Report of the Indian Hemp Drugs Commission, 1894-1895 - Volume III
Year: 1894
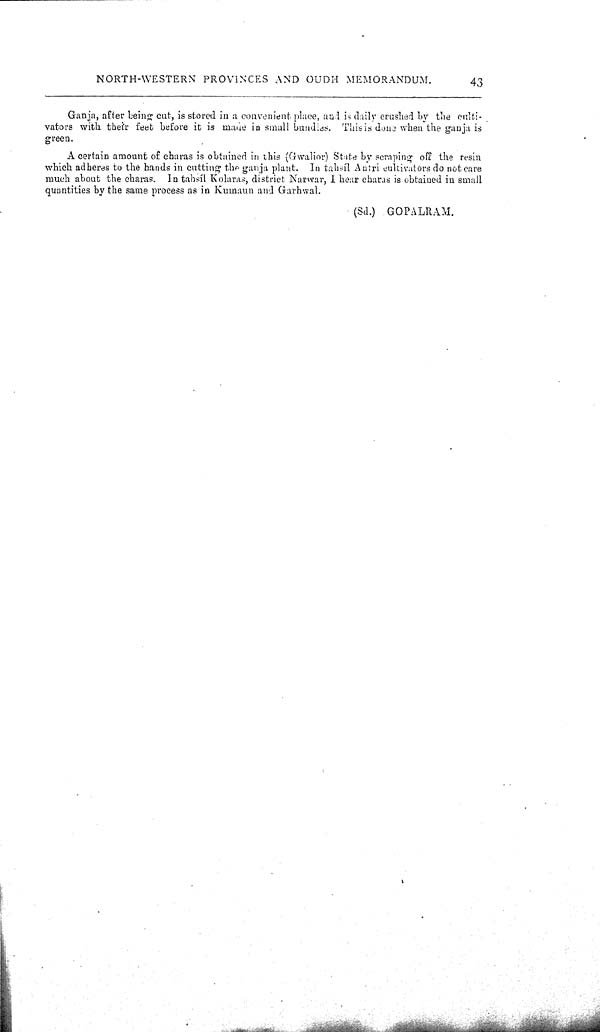
NORTH-WESTERN PROVINCES AND OUDH MEMORANDUM.
43
Ganja, after being cut, is stored in a convenient place, and is daily crushed by the culti-
vators with their feet before it is made in small bundles. This is done when the ganja is
green.
A certain amount of charas is obtained in this (Gwalior) State by scraping off the resin
which adheres to the hands in cutting the ganja plant. In tahsíl Antri cultivators do not care
much about the charas. In tahsíl Kolaras, district Narwar, I hear charas is obtained in small
quantities by the same process as in Kumaun and Garhwal.
(Sd.) GOPALRAM.